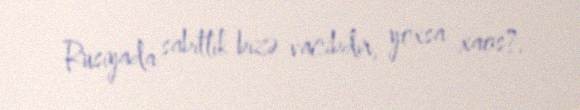
Rusiyada sabitlik bizə vacibdir, yoxsa xaos?.